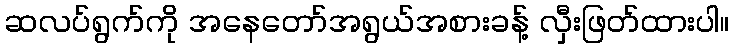
ဆလပ်ရွက်ကို အနေတော်အရွယ်အစားခန့် လှီးဖြတ်ထားပါ။